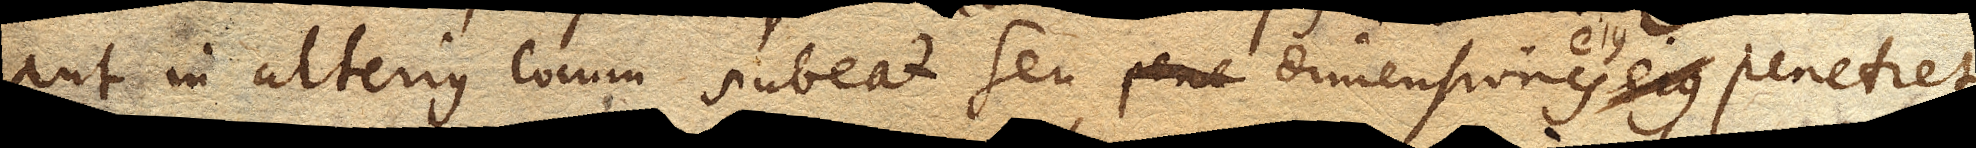
aut in alterius locum subeat seu dimensiones ejus penetret.